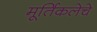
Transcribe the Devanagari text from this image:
मूर्तिकलेचे